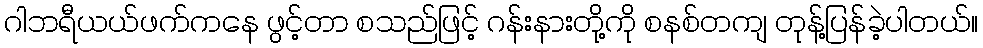
ဂါဘရီယယ်ဖက်ကနေ ဖွင့်တာ စသည်ဖြင့် ဂန်းနားတို့ကို စနစ်တကျ တုန့်ပြန်ခဲ့ပါတယ်။